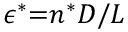
\epsilon ^ { * } { = } n ^ { * } D / L